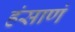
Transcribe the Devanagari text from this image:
हंसाणं